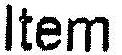
ITEM